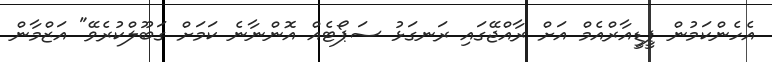
އެހެންކަމުން ޕީޑީއާރްއެމް އަށް ރާއްޖޭގައި ރަނގަޅު ސަޕޯޓެއް އޮންނާނެ ކަމަށް ގަބޫލްކުރެވޭ" އަޒްމާން